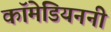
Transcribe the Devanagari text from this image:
कॉमेडियननी